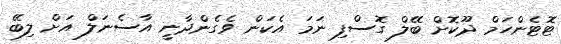
ޓޮޓެންހަމް ދޫކޮށް ބޭލް ގޮސްފި ނަމަ އެކަން ވެގެންދާނީ އާސެނަލް އަށް ލިބޭ